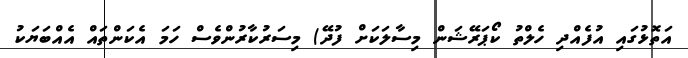
އަތޮޅުގައި އުފެއްދި ހެލްތު ކޯޕަރޭޝަން މިސާލަކަށް ފުދޭ) މިސަރުކާރުންވެސް ހަމަ އެކަންތައް އެއްބަޔަކު